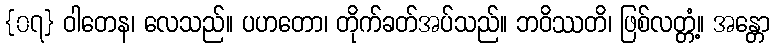
{၀၇} ဝါတေန၊ လေသည်။ ပဟတော၊ တိုက်ခတ်အပ်သည်။ ဘဝိဿတိ၊ ဖြစ်လတ္တံ့။ အန္တော